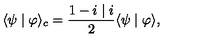
\langle \psi \mid \varphi \rangle _ { c } = \frac { 1 - i \mid i } { 2 } \langle \psi \mid \varphi \rangle ,